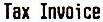
TAX INVOICE